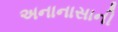
અનાનાસાની